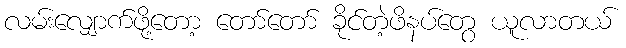
လမ်းလျှောက်ဖို့တော့ တော်တော် ခိုင်တဲ့ဖိနပ်တွေ ယူလာတယ်